Vaccination in Bombay 1874-1876 - 1874-1876
Year: 1874
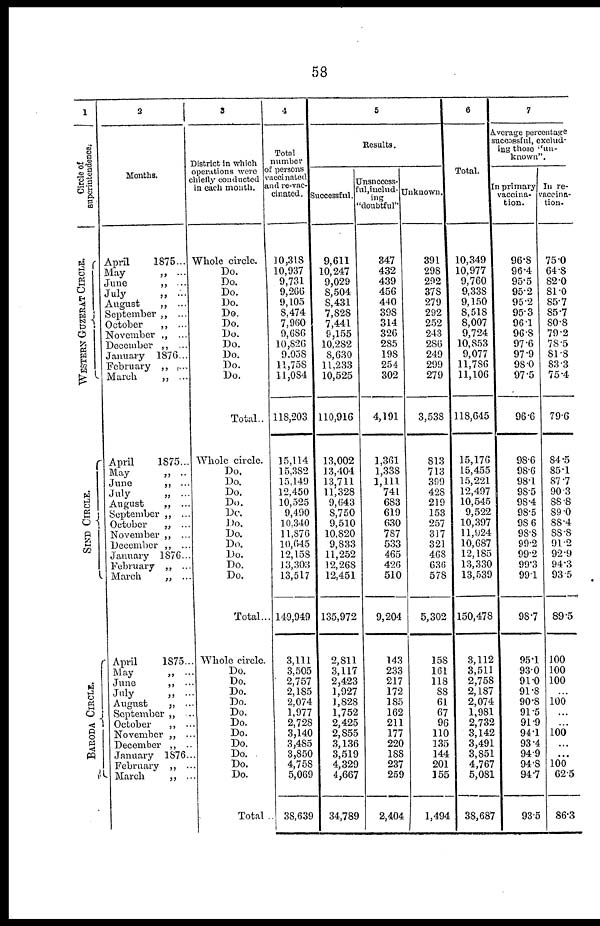
58
1
Circle of
superintendence.
WESTERN GUZERAT CIRCLE.
SIND CIRCLE.
BARODA CIRCLE.
2
Months.
April
1875...
May
„ ...
June
„ ...
July
„ ...
August
„ ...
September „ ...
October
„ ...
November „ ...
December „ ...
January 1876...
February „ ....
March
„ ...
April
1875...
May
„ ..
June
„ ...
July
„ ...
August
„ ...
September „ ...
October
„ ...
November „ ...
December „ ...
January 1876...
February „ ...
March
„ ...
April
1875..
May
„ ..
June
„ ..
July
„ ..
August
„ ..
September „ ..
October
„ ..
November „ ..
December „
January 1876..
February „ ..
March
„ ..
3
District in which
operations were
chiefly conducted
in each month.
Whole circle.
Do.
Do.
Do.
Do.
Do.
Do.
Do.
Do.
Do.
Do.
Do.
Total..
Whole circle.
Do.
Do.
Do.
Do.
Do.
Do.
Do.
Do.
Do.
Do.
Do.
Total...
Whole circle.
Do.
Do.
Do.
Do.
Do.
Do.
Do.
Do.
Do.
Do.
Do.
Total .
4
Total
number
of persons
vaccinnted
nd re-vac-
cinated.
10,318
10,937
9,731
9,266
9,105
8,474
7,960
9,686
10,826
9,058
11,758
11,084
118,203
15,114
15,382
15,149
12,450
10,525
9,490
10,340
11,876
10,645
12,158
13,303
13,517
149,949
3,111
3,505
2,757
2,185
2,074
1,977
2,728
3,140
3,485
3,850
4,758
5,069
38,639
5
Results.
Successful.
9,611
10,247
9,029
8,504
8,431
7,828
7,441
9,155
10,282
8,630
11,233
10,525
110,916
13,002
13,404
13,711
11,328
9,643
8,750
9,510
10,820
9,833
11,252
12,268
12,451
135,972
2,811
3,117
2,423
1,927
1,828
1,752
2,425
2,855
3,136
3,519
4,329
4,667
34,789
Unsuccess-
ful, includ¬
ing
"doubtful"
347
432
439
456
440
398
314
326
285
198
254
302
4,191
1,361
1,338
1,111
741
683
619
630
787
533
465
426
510
9,204
143
233
217
172
185
162
211
177
220
188
237
259
2,404
Unknown.
391
298
292
378
279
292
252
243
286
249
299
279
3,538
813
713
309
428
219
153
257
317
321
468
636
578
5,302
158
161
118
S3
61
67
96
110
135
144
201
155
1,494
6
Total.
10,349
10,977
9,760
9,338
9,150
8,518
8,007
9,724
10,853
9,077
11,786
11,106
118,645
15,176
15,455
15,221
12,497
10,545
9,522
10,397
11,924
10,687
12,185
13,330
13,539
150,478
3,112
3,511
2,758
2,187
2,074
1,981
2,732
3,142
3,491
3,851
4,767
5,081
38,687
7
Average percentage
successful, exclud-
ing those "un-
known".
In primary
vaccina¬
tion.
96.8
96.4
95.5
95.2
95.2
95.3
96.1
96.8
97.6
97.9
98.0
97.5
96.6
98.6
98.6
98.1
98.5
98.4
98.5
98.6
98.8
99.2
99.2
99.3
99.1
98.7
95.1
93.0
91.0
91.8
90.8
91.5
91.9
94.1
93.4
94.9
94.8
94.7
93.5
In re-
vaccina¬
tion.
75.0
64.8
82.0
81.0
85.7
85.7
80.8
79.2
78.5
81.8
83.3
75.4
79.6
84.5
85.1
87.7
90.3
88.8
89.0
88.4
88.8
91.2
92.9
94.3
93.5
89.5
100
100
100
...
100
...
...
100
...
100
625
86.3